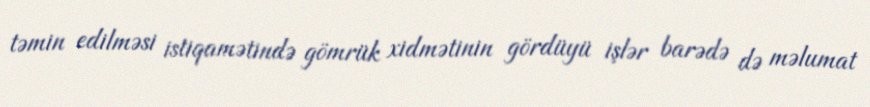
təmin edilməsi istiqamətində gömrük xidmətinin gördüyü işlər barədə də məlumat